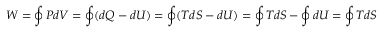
W = \oint P d V = \oint ( d Q - d U ) = \oint ( T d S - d U ) = \oint T d S - \oint d U = \oint T d S